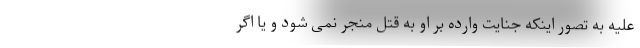
علیه به تصور اینکه جنایت وارده بر او به قتل منجر نمی شود و یا اگر